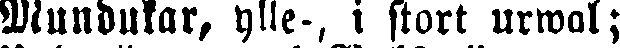
Mundukar, ylle-, i stort urwal;